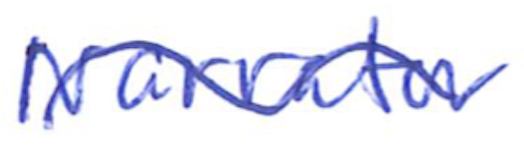
Text: Narrator
Cross-out: mix
Writing tool: ballpoint